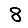
Digit: 8